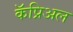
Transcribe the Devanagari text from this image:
कॅप्रिअल